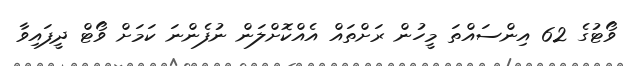
ވޯޓުގެ 62 އިންސައްތަ މީހުން ރަށްތައް އެއްކޮށްލަން ނުފެންނަ ކަމަށް ވޯޓް ދީފައިވާ